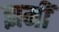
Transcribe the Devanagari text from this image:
झमीं